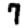
Digit: 7